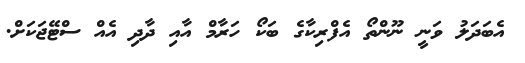
އެބަދަލު ވަނީ ނޫންތޯ އެފްރިކާގެ ބަކޯ ހަރާމް އާއި ދާދި އެއް ސްޓޭޖަކަށް.